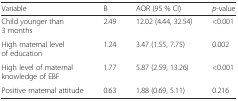
| Variable | B | AOR (95 % CI) | p-value |
 | --- | --- | --- | --- |
 | Child younger than 3 months | 2.49 | 12.02 (4.44, 32.54) | <0.001 |
 | High maternal level of education | 1.24 | 3.47 (1.55, 7.75) | 0.002 |
 | High level of maternal knowledge of EBF | 1.77 | 5.87 (2.59, 13.26) | <0.001 |
 | Positive maternal attitude | 0.63 | 1.88 (0.69, 5.11) | 0.216 |